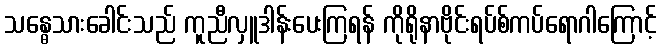
သန္ဓေသားခေါင်းသည် ကူညီလှူဒါန်းပေးကြရန် ကိုရိုနာဗိုင်းရပ်စ်ကပ်ရောဂါကြောင့်